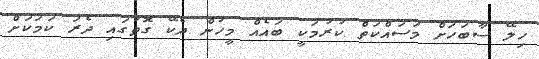
ހިލޭ ސާބަހަށް މަސައްކަތް ކުރުމަކީ ބައެއް މީހުން ދެކޭ ގޮތުގައި ދެރަ ކަމަކަށް